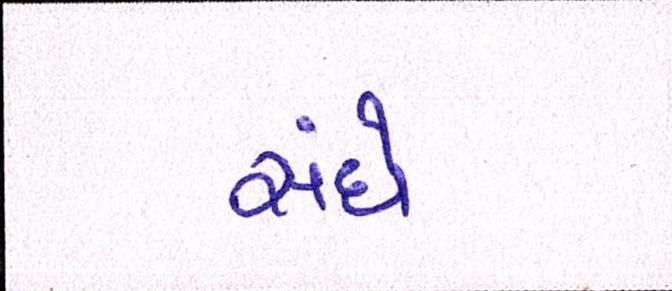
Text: સંઘે